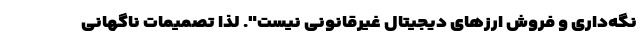
نگه‌داری و فروش ارزهای دیجیتال غیرقانونی نیست". لذا تصمیمات ناگهانی